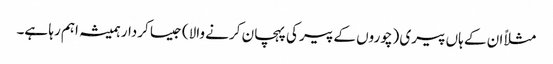
مثلاً ان کے ہاں پیری (چوروں کے پیر کی پہچان کرنے والا) جیسا کردار ہمیشہ اہم رہا ہے۔